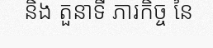
និង តួនាទី ភារកិច្ច នៃ